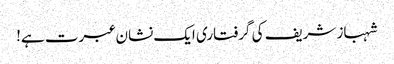
شہباز شریف کی گرفتاری ایک نشان عبرت ہے!